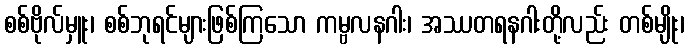
စစ်ဗိုလ်မှူး၊ စစ်ဘုရင်များဖြစ်ကြသော ကမ္ဗလနဂါး၊ အဿတရနဂါးတို့လည်း တစ်မျိုး၊